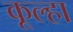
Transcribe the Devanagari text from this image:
कूल्‍हा